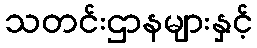
သတင်းဌာနများနှင့်